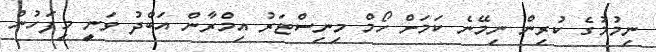
ނިމުމުގެ ކުރިން ނިމޭނެ ކަމަށް ހޯމް މިނިސްޓަރު އިމްރާން އަބްދު ވަނީ މިފަހުން